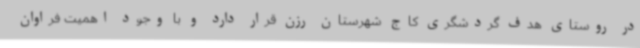
در روستای هدف گردشگری کاج شهرستان رزن قرار دارد و با وجود اهمیت فراوان